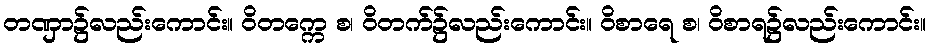
တဏှာ၌လည်းကောင်း။ ဝိတက္ကေ စ၊ ဝိတက်၌လည်းကောင်း။ ဝိစာရေ စ၊ ဝိစာရ၌လည်းကောင်း။